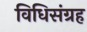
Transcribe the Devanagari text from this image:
विधिसंग्रह